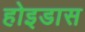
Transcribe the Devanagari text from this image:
होइडास